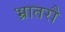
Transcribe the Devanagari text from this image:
भ्रातरौ